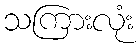
သကြားလုံး